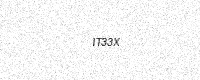
Text: IT33X